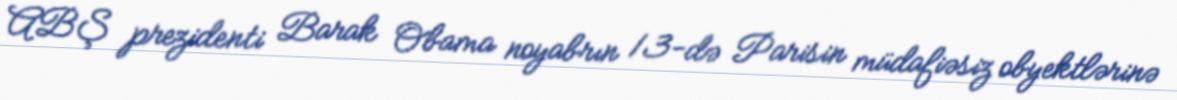
ABŞ prezidenti Barak Obama noyabrın 13-də Parisin müdafiəsiz obyektlərinə